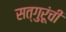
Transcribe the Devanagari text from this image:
सत्गुरूंची